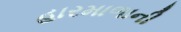
હારમાળાની